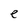
Character: e